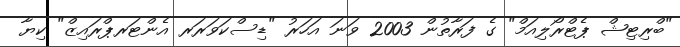
"ބްރިޓިޝް ޕެޓްރޯލިއަމް" ގެ ފަރާތުން 2003 ވަނަ އަހަރު "ޑިސްކަވަރަރ އެންޓަރޕްރައިޒް" ކިޔާ